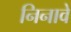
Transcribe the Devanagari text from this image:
निनावे